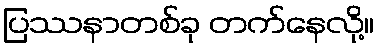
ပြဿနာတစ်ခု တက်နေလို့။